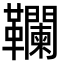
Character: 䪍